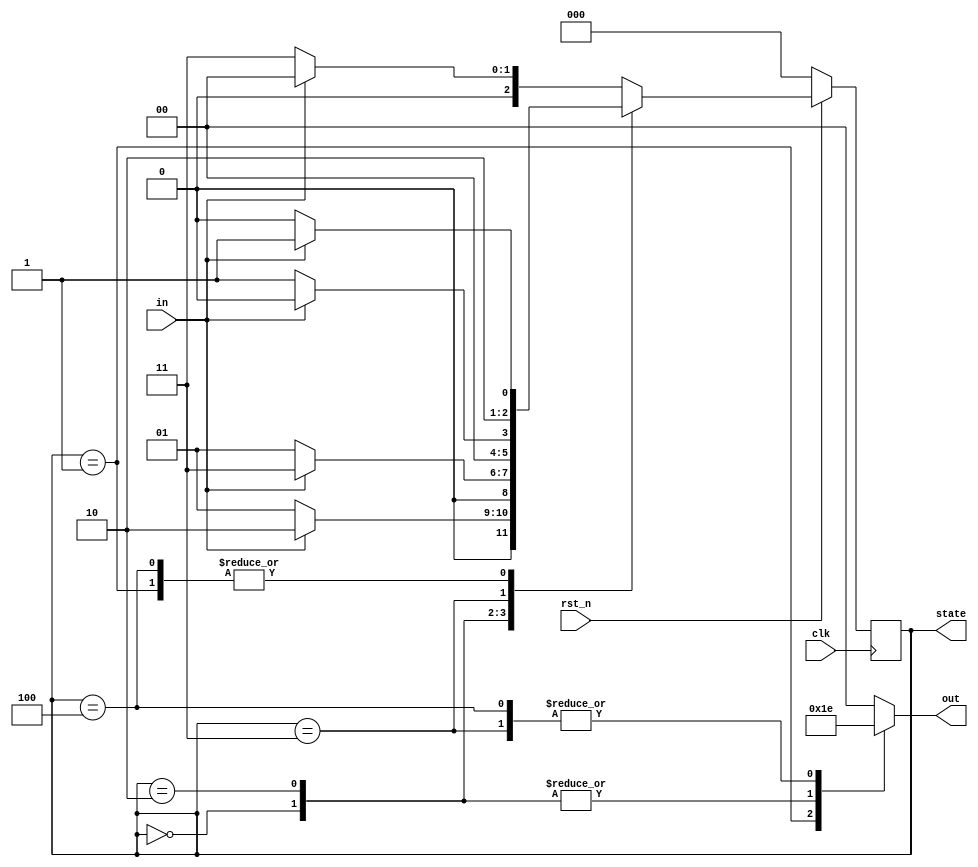
module Moore (clk, rst_n, in, out, state);
input clk, rst_n;
input in;
output [1:0] out;
output [2:0] state;

reg [2:0] state, next_state;
reg [1:0] out;

parameter S0 = 3'b000;
parameter S1 = 2'b001;
parameter S2 = 3'b010;
parameter S3 = 3'b011;
parameter S4 = 3'b100;
parameter S5 = 3'b101;

always @(posedge clk) begin
    if(rst_n == 1'b0) begin
        state <= S0;
    end
    else begin
        state <= next_state;
    end
end

always @(*) begin
    case(state)
        S0:begin
            out = 2'b11;
            if(in == 1'b0)
                next_state = S1;
            else
                next_state = S2;
        end
        S1:begin
            out = 2'b01;
            if(in == 1'b0)
                next_state = S4;
            else
                next_state = S5;
        end
        S2:begin
            out = 2'b11;
            if(in == 1'b0)
                next_state = S1;
            else
                next_state = S3;
        end
        S3:begin
            out = 2'b10;
            if(in == 1'b0)
                next_state = S1;
            else
                next_state = S0;
        end
        S4:begin
            out = 2'b10;
            if(in == 1'b0)
                next_state = S4;
            else
                next_state = S5;
        end
        default:begin
            out = 2'b00;
            if(in == 1'b0)
                next_state = S3;
            else
                next_state = S0;
        end
    endcase
end

endmodule